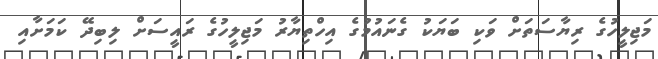
މަޖިލީހުގެ ރިޔާސަތަށް ވަކި ބަޔަކު ގެނައުމުގެ އިހްތިޔާރު މަޖިލީހުގެ ރައީސަށް ލިބިދޭ ކަމަށާއި